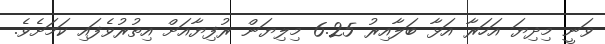
ވަނީ މިދިޔަ އަހަރާ އަޅާ ބަލާއިރު 6.25 މިލިޔަން ރުފިޔާއަށް އިތުރުވެފައި ކަމަށެވެ.